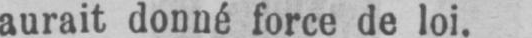
aurait donné force de loi.